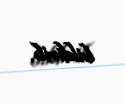
bildirib.